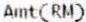
AMT(RM)